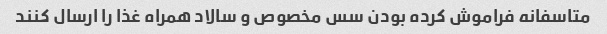
متاسفانه فراموش کرده بودن سس مخصوص و سالاد همراه غذا را ارسال کنند